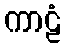
ကာဠံ